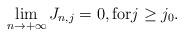
LaTeX: \begin{align*}\lim_{n \to +\infty}J_{n, j}=0, \mbox{for} j \geq j_0.\end{align*}